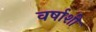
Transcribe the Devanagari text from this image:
वर्षाशी